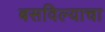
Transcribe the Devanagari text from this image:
बसविल्याचा